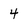
Character: 4